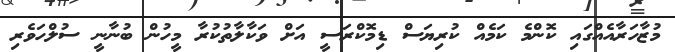
މުޒާހަރާއެއްގައި ކޮންމެ ކަމެއް ކުރިޔަސް ޑިމޮކްރަސީ އަށް ވަކާލާތުކުރާ މީހުން ބުނާނީ ސުލްހަވެރި